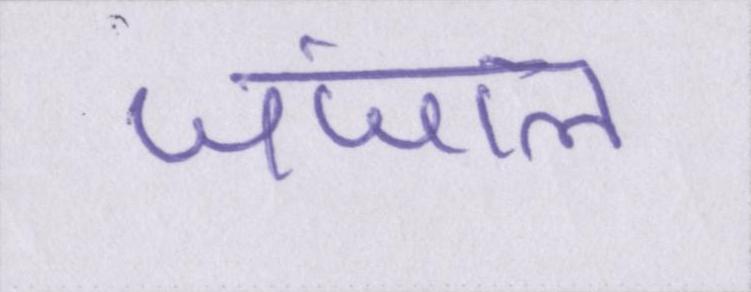
जंजाल